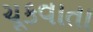
ચૂકવાતા